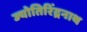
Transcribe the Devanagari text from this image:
ज्योतिरिंद्रनाथ